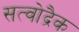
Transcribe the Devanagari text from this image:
सत्वोद्रैक